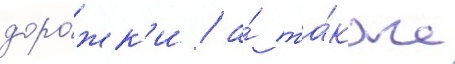
доро́жк'и / а́ та́кже